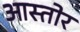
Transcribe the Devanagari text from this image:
आस्तोर